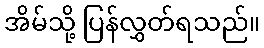
အိမ်သို့ ပြန်လွှတ်ရသည်။